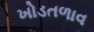
ખોડતળાવ